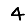
Digit: 4